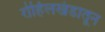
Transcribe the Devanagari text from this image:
रोहिलखंडातून